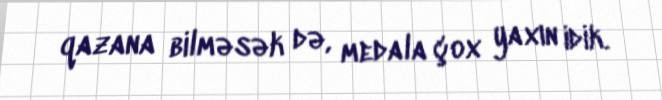
qazana bilməsək də, medala çox yaxın idik.